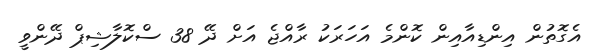
އެގޮތުން އިންޑިއާއިން ކޮންމެ އަހަރަކު ރާއްޖެ އަށް ދޭ 38 ސްކޮލާޝިޕް ދޭންވީ